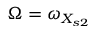
\Omega = \omega _ { X _ { s 2 } }